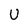
Character: U